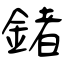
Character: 鍺